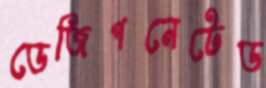
ডেজিগনেটেড